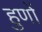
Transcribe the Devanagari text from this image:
हुणों